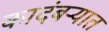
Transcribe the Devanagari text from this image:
कादंबऱ्यात